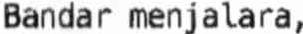
BANDAR MENJALARA,